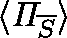
\langle \mathit { \Pi } _ { \overline { { S } } } \rangle